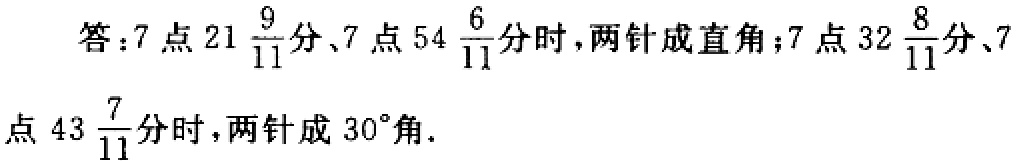
答：7点\(21\frac{9}{11}\)分、7点\(54\frac{6}{11}\)分时，两针成直角；7点\(32\frac{8}{11}\)分、7点\(43\frac{7}{11}\)分时，两针成\(30^{\circ}\)角.